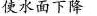
使水面下降